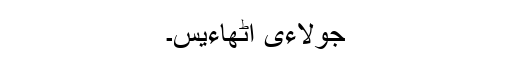
جولاءی اٹھاءیس۔